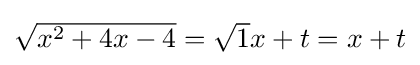
{\textstyle {\sqrt {x^{2}+4x-4}}={\sqrt {1}}x+t=x+t}